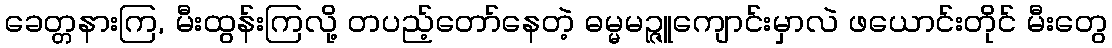
ခေတ္တနားကြ, မီးထွန်းကြလို့ တပည့်တော်နေတဲ့ ဓမ္မမဉ္ဇူကျောင်းမှာလဲ ဖယောင်းတိုင် မီးတွေ